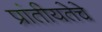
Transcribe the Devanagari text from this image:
प्रांतीयतेचे